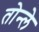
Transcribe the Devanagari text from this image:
तोन्ले